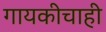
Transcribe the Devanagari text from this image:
गायकीचाही